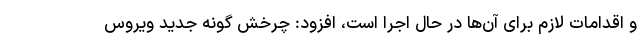
و اقدامات لازم برای آن‌ها در حال اجرا است، افزود: چرخش گونه جدید ویروس